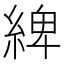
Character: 綼